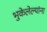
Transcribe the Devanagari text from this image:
भुकेलेल्यांना